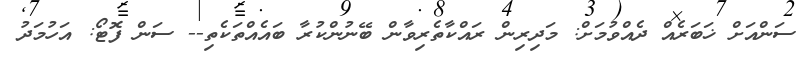
ސަންއަށް ޚަބަރެއް ދެއްވުމަށް: މަދިރިން ރައްކާތެރިވާން ބޭނުންކުރާ ބައެއްތަކެތި-- ސަން ފޮޓޯ: އަހުމަދު